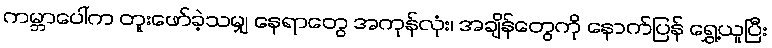
ကမ္ဘာပေါ်က တူးဖော်ခဲ့သမျှ နေရာတွေ အကုန်လုံး၊ အချိန်တွေကို နောက်ပြန် ရွှေ့ယူပြီး